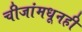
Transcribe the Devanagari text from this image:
चीजांमधूनही